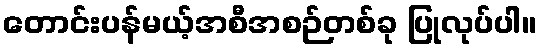
တောင်းပန်မယ့်အစီအစဉ်တစ်ခု ပြုလုပ်ပါ။